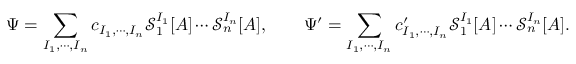
\Psi = \sum _ { I _ { 1 } , \cdots , I _ { n } } c _ { I _ { 1 } , \cdots , I _ { n } } \mathcal { S } _ { 1 } ^ { I _ { 1 } } [ A ] \cdots \mathcal { S } _ { n } ^ { I _ { n } } [ A ] , \qquad \Psi ^ { \prime } = \sum _ { I _ { 1 } , \cdots , I _ { n } } c _ { I _ { 1 } , \cdots , I _ { n } } ^ { \prime } \mathcal { S } _ { 1 } ^ { I _ { 1 } } [ A ] \cdots \mathcal { S } _ { n } ^ { I _ { n } } [ A ] .